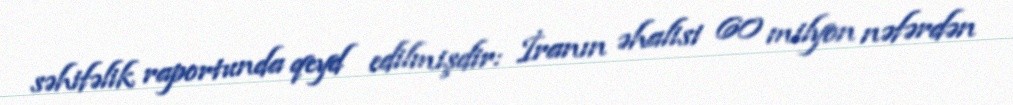
səhifəlik raportunda qeyd edilmişdir: İranın əhalisi 60 milyon nəfərdən